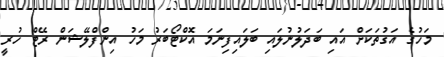
މަހުގެ އަގުތަކަށް އައި ބަދަލުނުލައި ބަލައިފިނަމަ އޮކްޓޯބަރު މަހު އިންފްލޭޝަން ރޭޓް ހުރީ